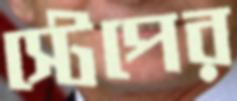
স্টেপের